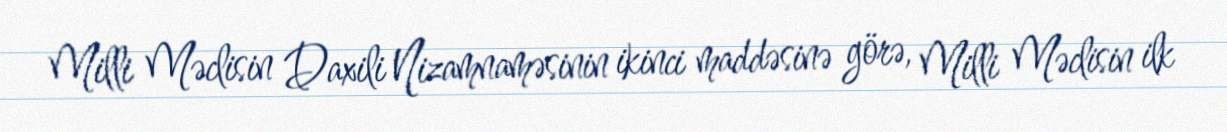
Milli Məclisin Daxili Nizamnaməsinin ikinci maddəsinə görə, Milli Məclisin ilk